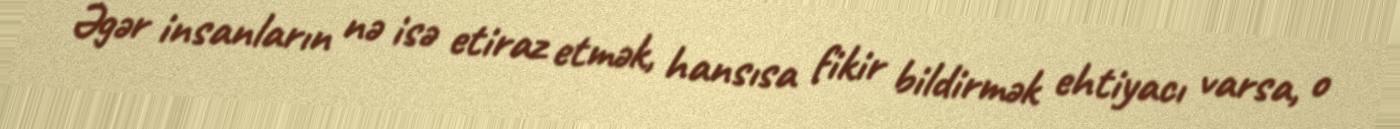
Əgər insanların nə isə etiraz etmək, hansısa fikir bildirmək ehtiyacı varsa, o